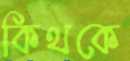
কিথকে